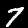
Digit: 7